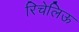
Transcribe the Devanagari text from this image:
रिचेलिऊ